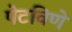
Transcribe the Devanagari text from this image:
पेटविणे